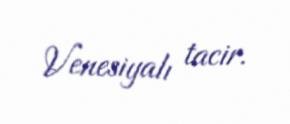
Venesiyalı tacir.